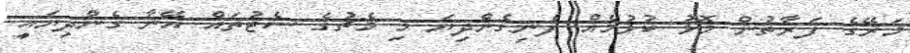
މަރޭގެ ފަރާތުން މޮޅު ކުޅުމެއް ފެނިގެންދިޔަ މި މެޗުގެ ސެޓުތައް އޭނާ ގެންދިޔައީ